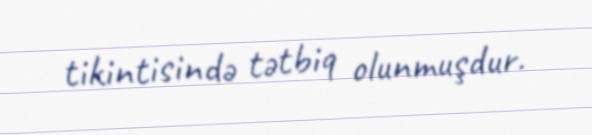
tikintisində tətbiq olunmuşdur.